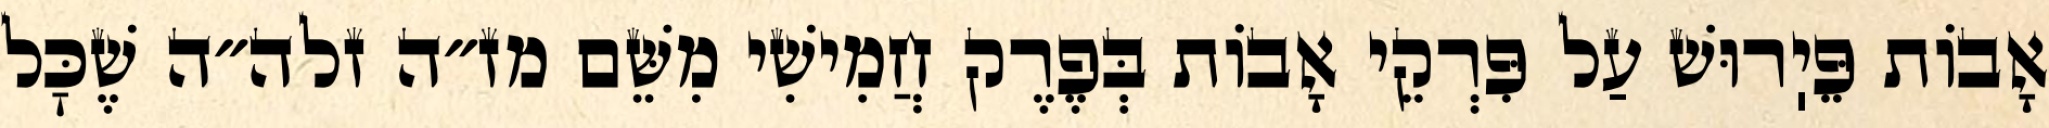
אָבוֹת פֵּיֽרוּשׁ עַל פִּרְקֵי אָבוֹת בְּפֶרֶק חֲמִישִׁי מִשֵּׁם מז״ה זלה״ה שֶׁכׇּל